Leaving Certificate Examination, 1914
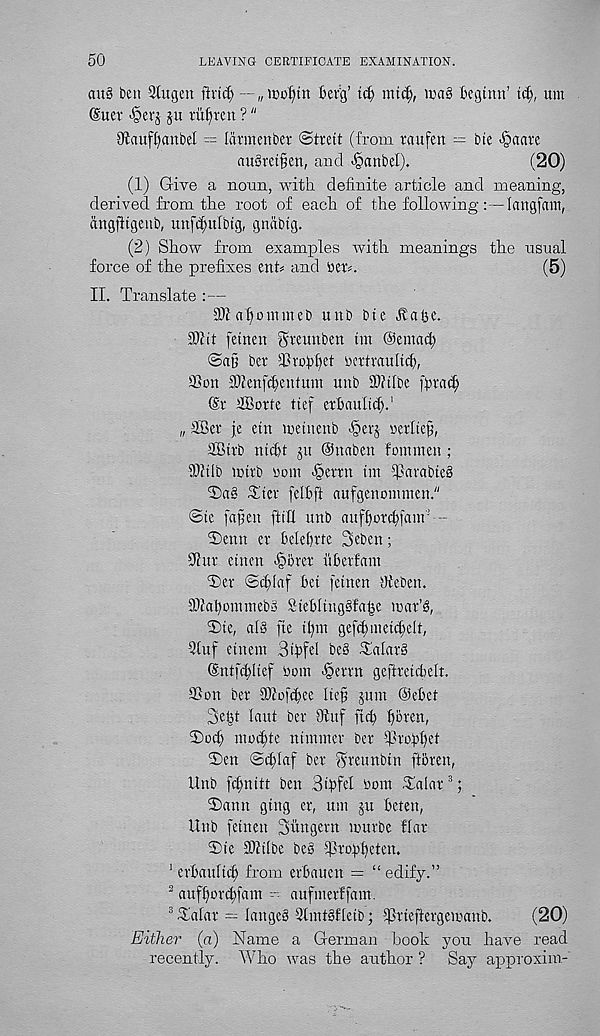
50
LEAVING CERTIFICATE EXAMINATION.
ciu§ ben 9tugen ft rid) — „ mot)tn berg’ id) mid), ma§ beg inn’ id), um
(Suer '§erg ju riibren ?"
Oiaufl)anbeI — larmenber ©treit (from raufen — bie >§aare
aubrei^en, and -§anbel).
(20)
(1) Give a norm, with, definite article and meaning,
derived from the root of each of the following :—Iangfam,
angfligenb, unfd)ufbtg, gnabig.
(2) Show from examples with meanings the usual
force of the prefixes enfi and ber^.
(5)
II. Translate : —
9J1 abommeb unb bie Jba 13e.
9I?it fetnen greunben tm @emad)
ber Trcbbet bcrtraulid),
35on Sli'en.fdienfum unb ffllifbe igrad;
dx aBorfe tief erbaulid).'
„ SBer je etn metnenb -§erg rerlieg,
2Btrb nicbt ju ©naben fommen ;
iWtlb mirb uom §errn tm iParabie§
2)a§ Tier felbft aufgenommen."
©ie fagen ft ill unb aufborcbfam ! -
2)enn er belebrte Seben;
9hir einen >§brer iiberfam
Ter ©djdaf bet fetnen Ofeben.
©fabommebb Sieblingsfaljc truvr’g,
Tie, al§ fte ilgn gefdtmeicltelt,
3tuf einent Bibfd be§ Talar§
(Sntfd)iief bom -§errn gefiretdelt.
©on ber ©fofibee lief jum @ebet
Selit laut ber 9tuf ftcb fibren,
Tocb inmate trimmer ber ©robfet
Ten ©iblaf ber $rambin ftbren,
Unb fd)nitt ben Bigfel bom Talar 3 ;
Tann gtng er, um ju beten,
Unb feinen Sungern murbe flar
Tic ©iilbe be§ ©rogbeten.
1 erbauficb from erbauen = “ edify.”
2 aufborcbfam -- attfmerffam.
3 Talar = langeb 2lmt§fleib; ©rieftergemanb.
(20)
Either (a) Name a German hook you have read
recently. Who was the author ? Say approxim-